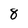
Character: 8